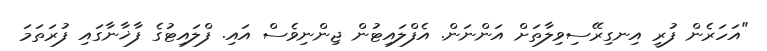
"އަހަރެން ފުރީ އިނގިރޭސިވިލާތަށް އަންނަން. އެފްލައިޓުން ޖިންނިވެސް އައި. ފްލައިޓުގެ ފާޚާނާގައި ފުރަތަމަ